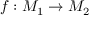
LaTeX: f : M _ { 1 } \to M _ { 2 }